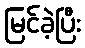
မြင်ခဲ့ပြီး